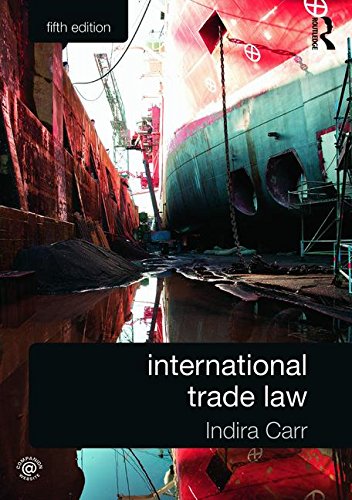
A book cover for International Trade Law; Indira Carr; Law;